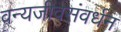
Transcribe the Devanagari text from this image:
वन्यजीवसंवर्धन